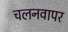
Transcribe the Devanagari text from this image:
चलनवापर